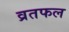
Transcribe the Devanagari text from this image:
व्रतफल